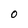
Character: 0